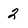
Character: 2